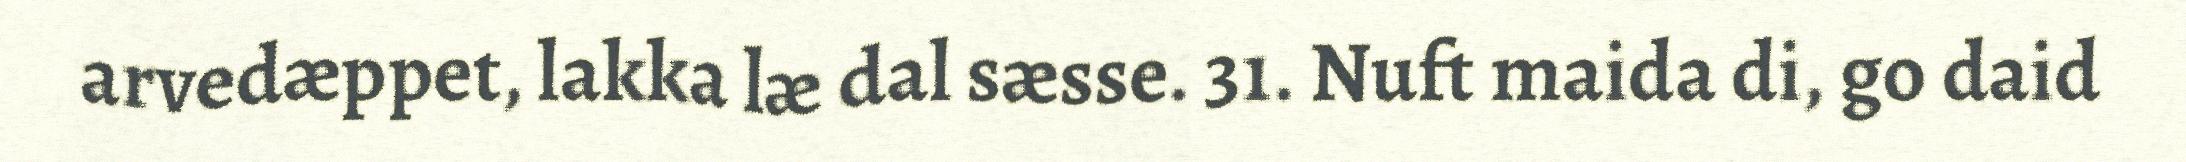
arvedæppet, lakka læ dal sæsse. 31. Nuft maida di, go daid